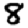
Digit: 8